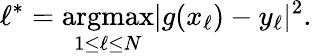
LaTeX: \ell^{*}=\mathop{\mathrm{argmax}}_{1\leq\ell\leq N}|g(x_{\ell})-y_{\ell}|^{2}.